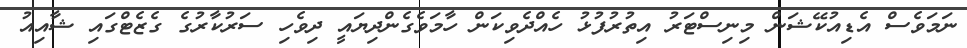
ނަމަވެސް އެޑިއުކޭޝަން މިނިސްޓަރު އިތުރުފުޅު ހެއްދެވިކަން ހާމަވެގެންދިޔައީ ދިވެހި ސަރުކާރުގެ ގެޒެޓްގައި ޝާއިއު